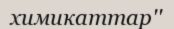
химикаттар''